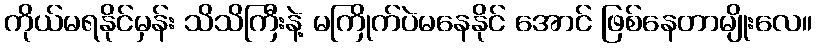
ကိုယ်မရနိုင်မှန်း သိသိကြီးနဲ့ မကြိုက်ပဲမနေနိုင် အောင် ဖြစ်နေတာမျိုးလေ။